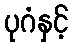
ပုဂံနှင့်